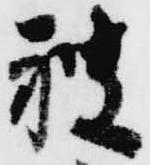
艘